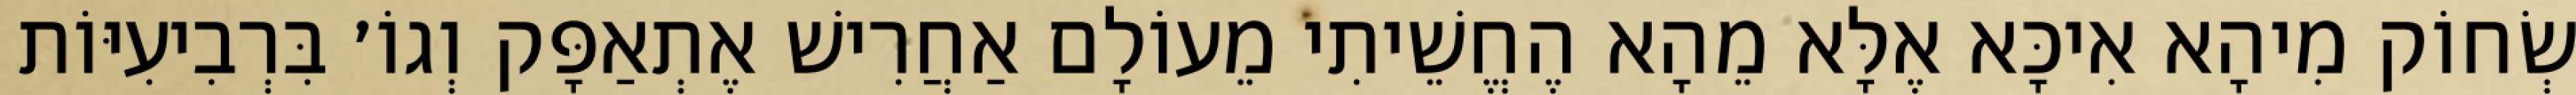
שְׂחוֹק מִיהָא אִיכָּא אֶלָּא מֵהָא הֶחֱשֵׁיתִי מֵעוֹלָם אַחֲרִישׁ אֶתְאַפָּק וְגוֹ׳ בִּרְבִיעִיּוֹת